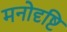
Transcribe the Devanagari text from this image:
मनोदृष्टि